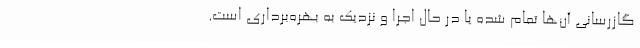
گازرسانی آن‌ها تمام شده یا در حال اجرا و نزدیک به بهره‌برداری است.